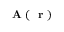
\mathrm { ~ \bf ~ A ~ } ( \mathrm { ~ \bf ~ r ~ } )